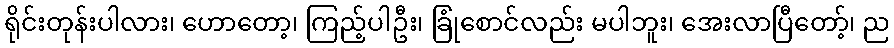
ရိုင်းတုန်းပါလား၊ ဟောတော့၊ ကြည့်ပါဦး၊ ခြုံစောင်လည်း မပါဘူး၊ အေးလာပြီတော့်၊ ည